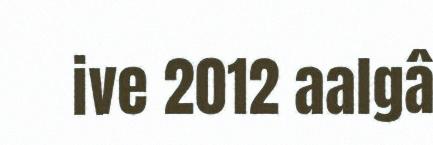
ive 2012 aalgâ